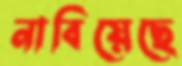
নাবিয়েছে